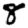
Digit: 8